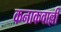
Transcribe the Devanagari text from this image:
कनाकवाल्ली